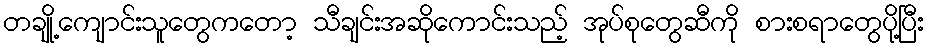
တချို့ကျောင်းသူတွေကတော့ သီချင်းအဆိုကောင်းသည့် အုပ်စုတွေဆီကို စားစရာတွေပို့ပြီး